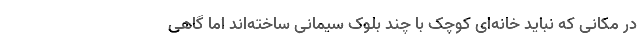
در مکانی که نباید خانه‌ای کوچک با چند بلوک سیمانی ساخته‌اند اما گاهی